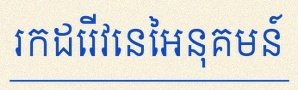
រកដេរីវេនៃអនុគមន៍